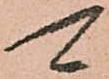
可